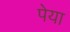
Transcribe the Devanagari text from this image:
पेया